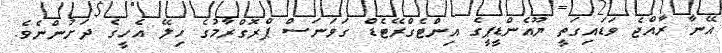
އޭނާ ރާއްޖެ ވަޑައިގަތީ ޔޫއެންޑީޕީގެ އިންޓެގްރޭޓެޑް ގަވަނަސް ޕްރޮގްރާމުގެ ހިލޭ އެހީގެ ދަށުންނެވެ.